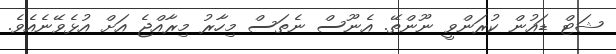
ޝަޓް ޑައުން ކުރަންވީ ނޫންތޭ. އެނޫސް ނެތަސް މިހާރު މިރާއްޖެ އަށް އުޅެވޭނެއެވެ.